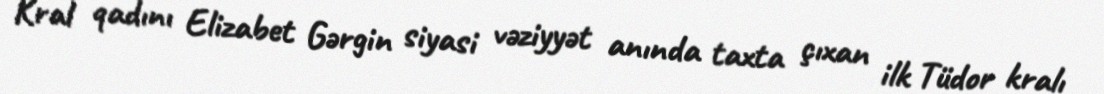
Kral qadını Elizabet Gərgin siyasi vəziyyət anında taxta çıxan ilk Tüdor kralı